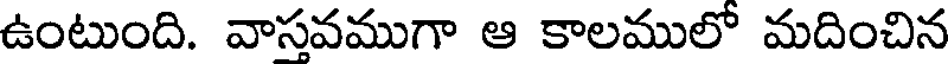
ఉంటుంది. వాసవముగా ఆ కాలములో మదించిన